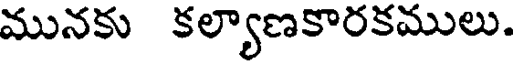
మునకు కల్యాణకారకములు.